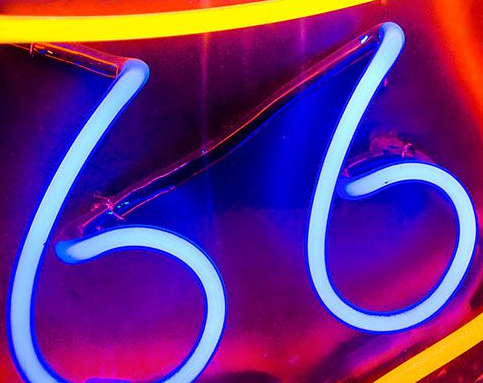
66